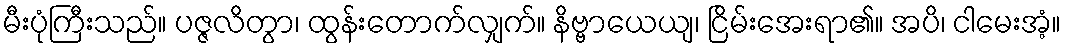
မီးပုံကြီးသည်။ ပဇ္ဇလိတွာ၊ ထွန်းတောက်လျှက်။ နိဗ္ဗာယေယျ၊ ငြိမ်းအေးရာ၏။ အပိ၊ ငါမေးအံ့။